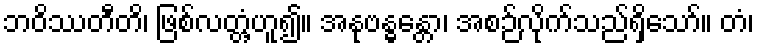
ဘဝိဿတီတိ၊ ဖြစ်လတ္တံ့ဟူ၍။ အနုဗန္ဓန္တော၊ အစဉ်လိုက်သည်ရှိသော်။ တံ၊